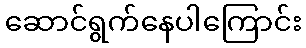
ဆောင်ရွက်နေပါကြောင်း